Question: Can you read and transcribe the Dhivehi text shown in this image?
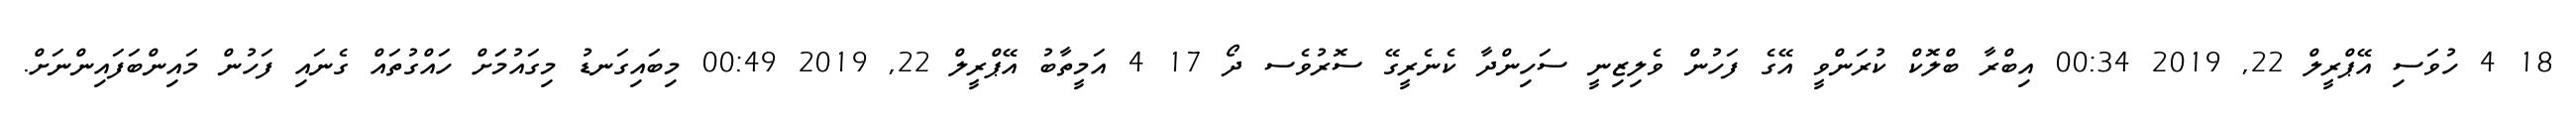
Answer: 18 4 ހުވަސި އޭޕްރީލް 22, 2019 00:34 އިބްރާ ބްލޮކް ކުރަންވީ އޭގެ ފަހުން ވެލިޒިނީ ސަހިންދާ ކެނެރީގޭ ސޮރުވެސ ދޯ 17 4 އަމީތާބު އޭޕްރީލް 22, 2019 00:49 މިބައިގަނޑު މިގައުމަަށް ހައްގުތައް ގެނައި ފަހުން މައިންބަފައިންނަށް.